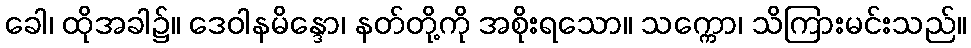
ခေါ၊ ထိုအခါ၌။ ဒေဝါနမိန္ဒော၊ နတ်တို့ကို အစိုးရသော။ သက္ကော၊ သိကြားမင်းသည်။